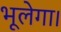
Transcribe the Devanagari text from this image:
भूलेगा।